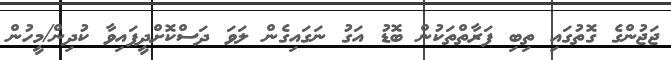
ޖަޖުންގެ ގޮތުގައި ތިބި ފަރާތްތަކުން ބޮޑު އަގު ނަގައިގެން ލަވަ ދަސްކޮށްދީފައިވާ ކުދިން/މީހުން